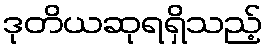
ဒုတိယဆုရရှိသည့်